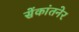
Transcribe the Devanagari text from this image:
सेंकांतनेर